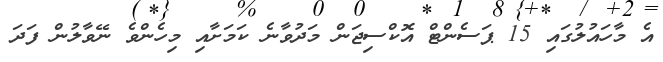
އެ މާހައުލުގައި 15 ޕަސެންޓް އޮކްސިޖަން މަދުވާނެ ކަމަށާއި މިހެންވެ ނޭވާލުން ފަދަ